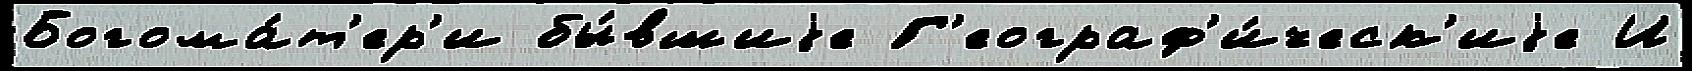
Богома́т'ер'и бы́вшиjе Г'еограф'и́ческ'иjе И